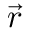
\boldsymbol { \vec { r } }